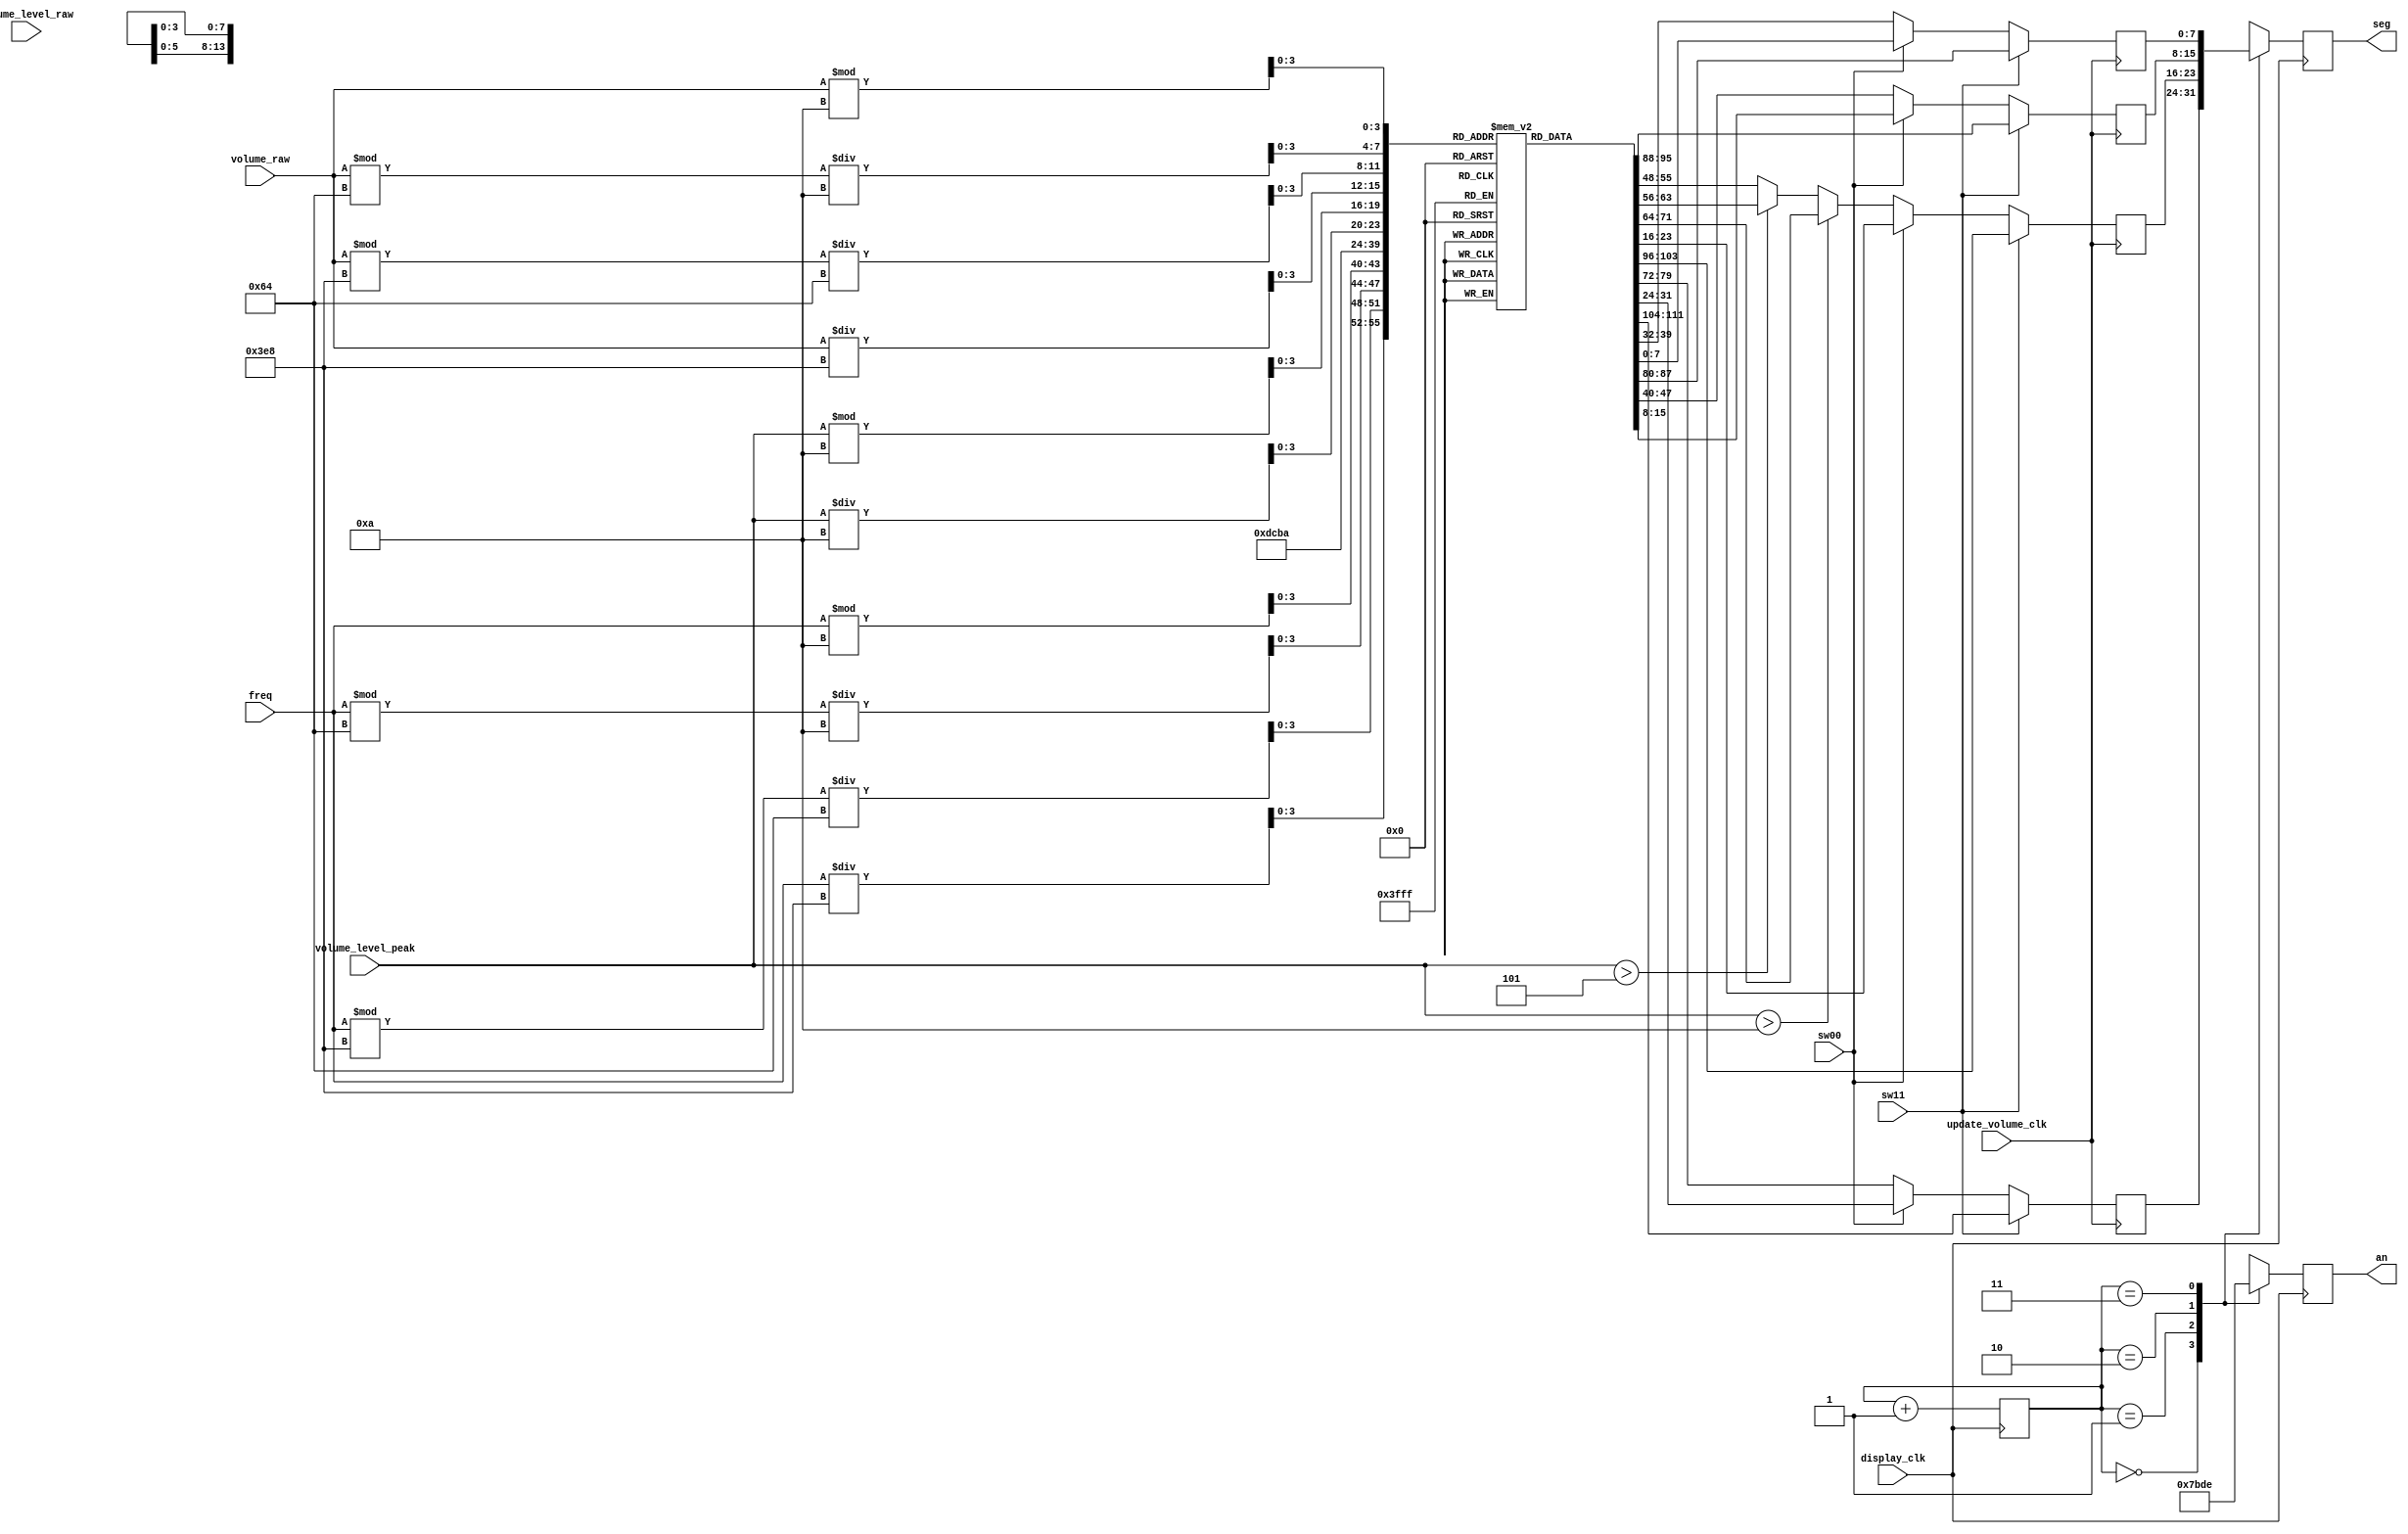
`timescale 1ns / 1ps
//////////////////////////////////////////////////////////////////////////////////
// Company: 
// Engineer: 
// 
// Design Name: 
// Module Name: Seven_Segment_Sound
// Project Name: 
// Target Devices: 
// Tool Versions: 
// Description: 
// 
// Dependencies: 
// 
// Revision:
// Revision 0.01 - File Created
// Additional Comments:
// 
//////////////////////////////////////////////////////////////////////////////////


module Seven_Segment_Sound(
    input display_clk, //refresh rate of 380Hz
    input update_volume_clk,
    output reg [3:0] an = 4'b0000,
    output reg [7:0] seg = 8'b00000_000,
    input [11:0] volume_raw,
    input [3:0] volume_level_peak,
    input [3:0] volume_level_raw,
    input sw00, sw11,
    input [11:0] freq
    );
    reg [1:0] count = 2'b00;
    reg [7:0] segment [3:0]; //this variable array will be changed according to volume level
    reg [7:0] segment_const [13:0]; //this is a constant array (e.g. segment_const[4] is the 8-bit value that shows "4" on the display)
    initial begin //just to initialize segment_const
        segment_const[0] = 8'b11000000; // Number 0
        segment_const[1] = 8'b11111001;
        segment_const[2] = 8'b10100100;
        segment_const[3] = 8'b10110000;
        segment_const[4] = 8'b10011001;
        segment_const[5] = 8'b10010010;
        segment_const[6] = 8'b10000010;
        segment_const[7] = 8'b11111000;
        segment_const[8] = 8'b10000000;
        segment_const[9] = 8'b10010000;
        segment_const[10] = 8'b11000111; //Letter L
        segment_const[11] = 8'b11101010; //Letter M
        segment_const[12] = 8'b10001001; //Letter H
        segment_const[13] = 8'b10110110; //Just 3 horizontal lines
    end

    always @(posedge update_volume_clk) begin
        if (sw11 == 1) begin
            segment[0] <= segment_const[freq/1000];
            segment[1] <= segment_const[(freq%1000)/100];
            segment[2] <= segment_const[(freq%100)/10];
            segment[3] <= segment_const[freq%10];           
        end else if (sw00 == 0) begin
            segment[0] <= segment_const[13];
            //Below sets the letter L, M or H
            if(volume_level_peak > 10) begin
                segment[1] <= segment_const[12]; //set to H
            end else if (volume_level_peak > 5) begin
                segment[1] <= segment_const[11]; //set to M
            end else begin
                segment[1] <= segment_const[10]; //set to L
            end
            //Below sets the 2-digit volume level display
            segment[2] <= segment_const[volume_level_peak/10];
            segment[3] <= segment_const[volume_level_peak%10];
        end else begin 
            segment[0] <= segment_const[volume_raw/1000];
            segment[1] <= segment_const[(volume_raw%1000)/100];
            segment[2] <= segment_const[(volume_raw%100)/10];
            segment[3] <= segment_const[volume_raw%10];
        end 

    end
    
    always @(posedge display_clk) begin
        count <= count + 1;
        case (count)
        2'b00: begin
            an <= 4'b0111; 
            seg <= segment[0];
            end
        2'b01: begin
            an <= 4'b1011; 
            seg <= segment[1];
            end
        2'b10: begin
            an <= 4'b1101;
            seg <= segment[2];
            end
        2'b11: begin
            an <= 4'b1110;
            seg <= segment[3];
            end
        endcase
    end
endmodule